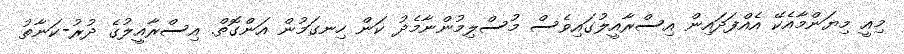
މިއީ މިޔަންމާއެކޭ އެއްފަދައިން އިސްރާއީލުގައިވެސް މުސްލިމުންނާމެދު ކަން ހިނގަމުން އަންގޮތް. އިސްރާއީލުގެ ދުރު-ކަނާތު